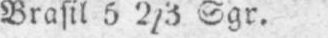
Brasil 5 2/3 Sgr.